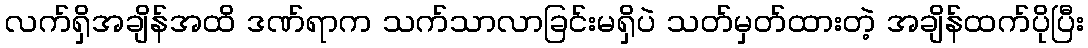
လက်ရှိအချိန်အထိ ဒဏ်ရာက သက်သာလာခြင်းမရှိပဲ သတ်မှတ်ထားတဲ့ အချိန်ထက်ပိုပြီး